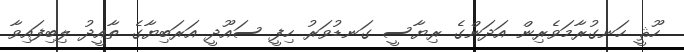
ހޫޘީ ހަނގުރާމަވެރިން އަދަންގެ ރިޔާސީ ގަނޑުވަރު ހިފީ ސައޫދީ އަރަބިޔާގެ ތާއީދު ލިބިފައިވާ